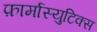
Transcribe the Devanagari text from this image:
फ़ार्मास्युटिक्स